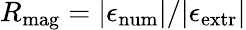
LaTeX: R_{\mathrm{{mag}}}=|\epsilon_{\mathrm{{num}}}|/|\epsilon_{\mathrm{{extr}}}|